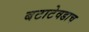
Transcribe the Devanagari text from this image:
बटाटेवडाच